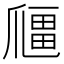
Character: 𱭅